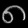
Digit: ၈